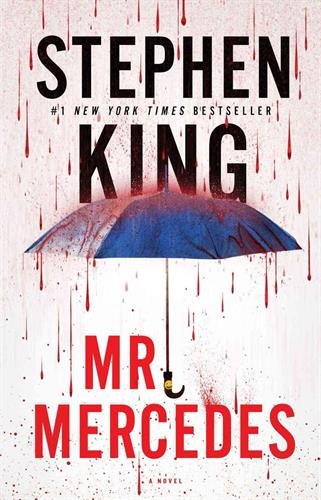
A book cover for Mr. Mercedes: A Novel (The Bill Hodges Trilogy); Stephen King; Mystery, Thriller & Suspense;